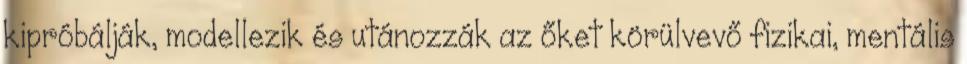
kipróbálják, modellezik és utánozzák az őket körülvevő fizikai, mentális